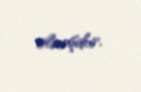
olmuşdur.